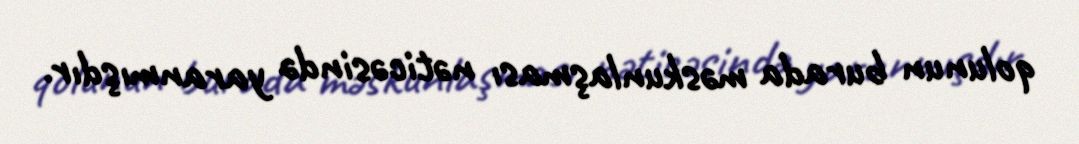
qolunun burada məskunlaşması nəticəsində yaranmışdır.